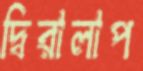
দ্বিরালাপ